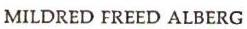
MILDRED FREED ALBERG